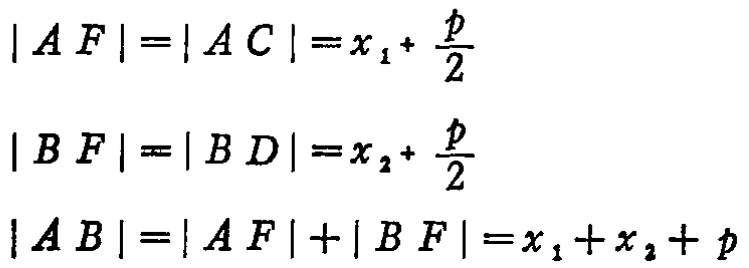
\[
\begin{align*}
|AF|&=|AC| = x_1+\frac{p}{2}\\
|BF|&=|BD| = x_2+\frac{p}{2}\\
|AB|&=|AF|+|BF| = x_1 + x_2 + p
\end{align*}
\]